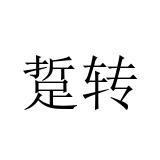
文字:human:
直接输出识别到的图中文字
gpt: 踅转